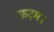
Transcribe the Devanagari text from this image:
कदम।